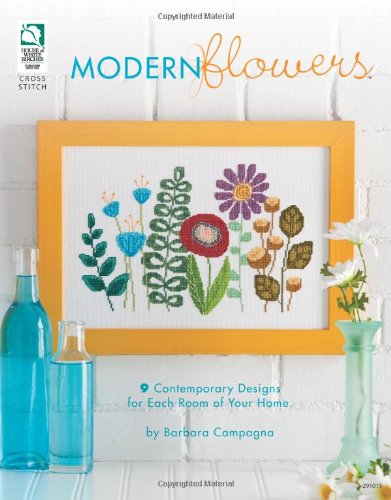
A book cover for Modern Flowers; Barbara Campagna; Crafts, Hobbies & Home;